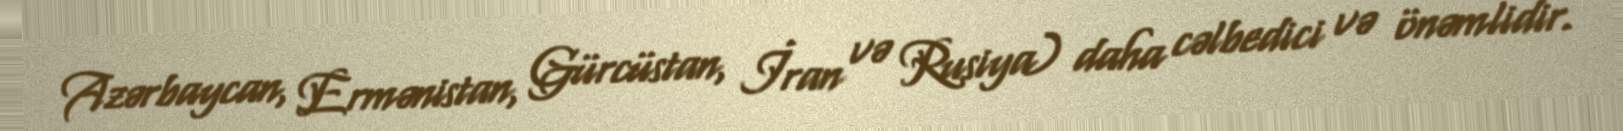
Azərbaycan, Ermənistan, Gürcüstan, İran və Rusiya) daha cəlbedici və önəmlidir.